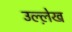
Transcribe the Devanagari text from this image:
उल्ले़ख